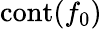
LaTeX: \operatorname{cont}(f_{0})